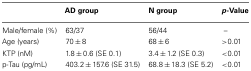
|  | AD group | N group | p-Value |
 | --- | --- | --- | --- |
 | Male/female (%) | 63/37 | 56/44 | – |
 | Age (years) | 70 ± 8 | 68 ± 6 | >0.01 |
 | KTP (nM) | 1.8 ± 0.6 (SE 0.1) | 3.4 ± 1.2 (SE 0.3) | <0.01 |
 | p-Tau (pg/mL) | 403.2 ± 157.6 (SE 31.5) | 68.8 ± 18.3 (SE 5.2) | <0.01 |